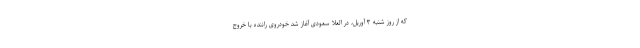
که از روز شنبه ۳ آوریل، در العلا سعودی آغاز شد خودروی راننده با خروج